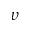
\upsilon